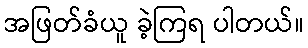
အဖြတ်ခံယူ ခဲ့ကြရ ပါတယ်။